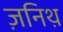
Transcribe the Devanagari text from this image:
ज़निथ़